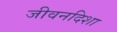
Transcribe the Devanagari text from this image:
जीवनदिशा